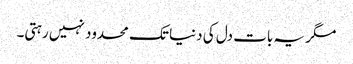
مگر یہ بات دل کی دنیا تک محدود نہیں رہتی۔